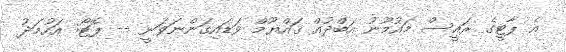
އެ ޕާޓީގެ ރައީސް މައުމޫނު އަބްދުއް ޤައްޔޫމް ވަޑައިގަންނަވަނީ -- ފޮޓޯ: އަހުމަދު